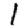
Digit: 1